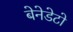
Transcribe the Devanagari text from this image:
बेनेडेटो